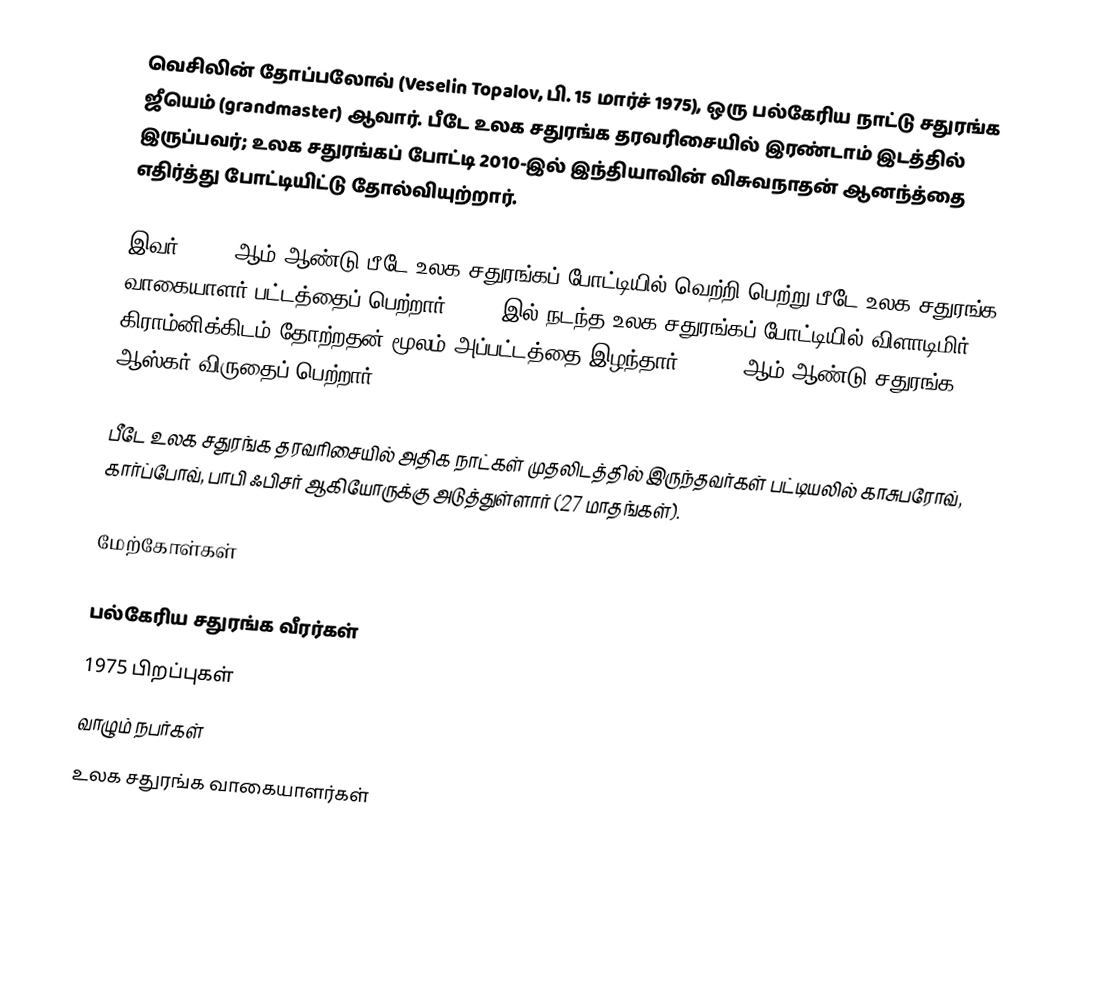
வெசிலின் தோப்பலோவ் (Veselin Topalov, பி. 15 மார்ச் 1975), ஒரு பல்கேரிய நாட்டு சதுரங்க ஜீயெம் (grandmaster) ஆவார். பீடே உலக சதுரங்க தரவரிசையில் இரண்டாம்  இடத்தில் இருப்பவர்; உலக சதுரங்கப் போட்டி 2010-இல் இந்தியாவின் விசுவநாதன் ஆனந்த்தை எதிர்த்து போட்டியிட்டு தோல்வியுற்றார்.

இவர் 2005- ஆம் ஆண்டு பீடே உலக சதுரங்கப் போட்டியில் வெற்றி பெற்று பீடே உலக சதுரங்க வாகையாளர் பட்டத்தைப் பெற்றார்; 2006-இல் நடந்த உலக சதுரங்கப் போட்டியில் விளாடிமிர் கிராம்னிக்கிடம் தோற்றதன் மூலம் அப்பட்டத்தை இழந்தார். 2005- ஆம் ஆண்டு சதுரங்க ஆஸ்கர் விருதைப் பெற்றார்.

பீடே உலக சதுரங்க தரவரிசையில் அதிக நாட்கள் முதலிடத்தில் இருந்தவர்கள் பட்டியலில் காசுபரோவ், கார்ப்போவ், பாபி ஃபிசர் ஆகியோருக்கு அடுத்துள்ளார் (27 மாதங்கள்).

மேற்கோள்கள்

பல்கேரிய சதுரங்க வீரர்கள்
1975 பிறப்புகள்
வாழும் நபர்கள்
உலக சதுரங்க வாகையாளர்கள்